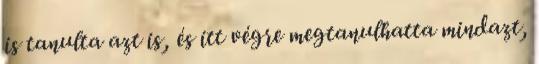
is tanulta azt is, és itt végre megtanulhatta mindazt,